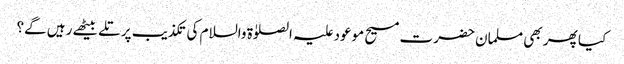
کیا پھر بھی مسلمان حضرت مسیح موعود علیہ الصلوٰۃ والسلام کی تکذیب پر تلے بیٹھے رہیں گے؟